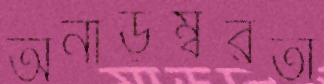
অনাড়ম্বরতা